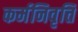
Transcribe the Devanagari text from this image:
कर्मनिवृत्ति